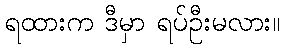
ရထားက ဒီမှာ ရပ်ဦးမလား။